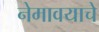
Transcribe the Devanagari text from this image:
नेमावयाचे